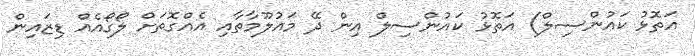
އަތޮޅު ކައުންސިލް) އަތޮޅު ކައުންސިލް އިން ދޭ މައުލޫމާތާއި އެއްގޮތަށް ލޯގޯއެއް ޑިޒައިން